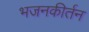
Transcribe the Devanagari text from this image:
भजनकीर्तन